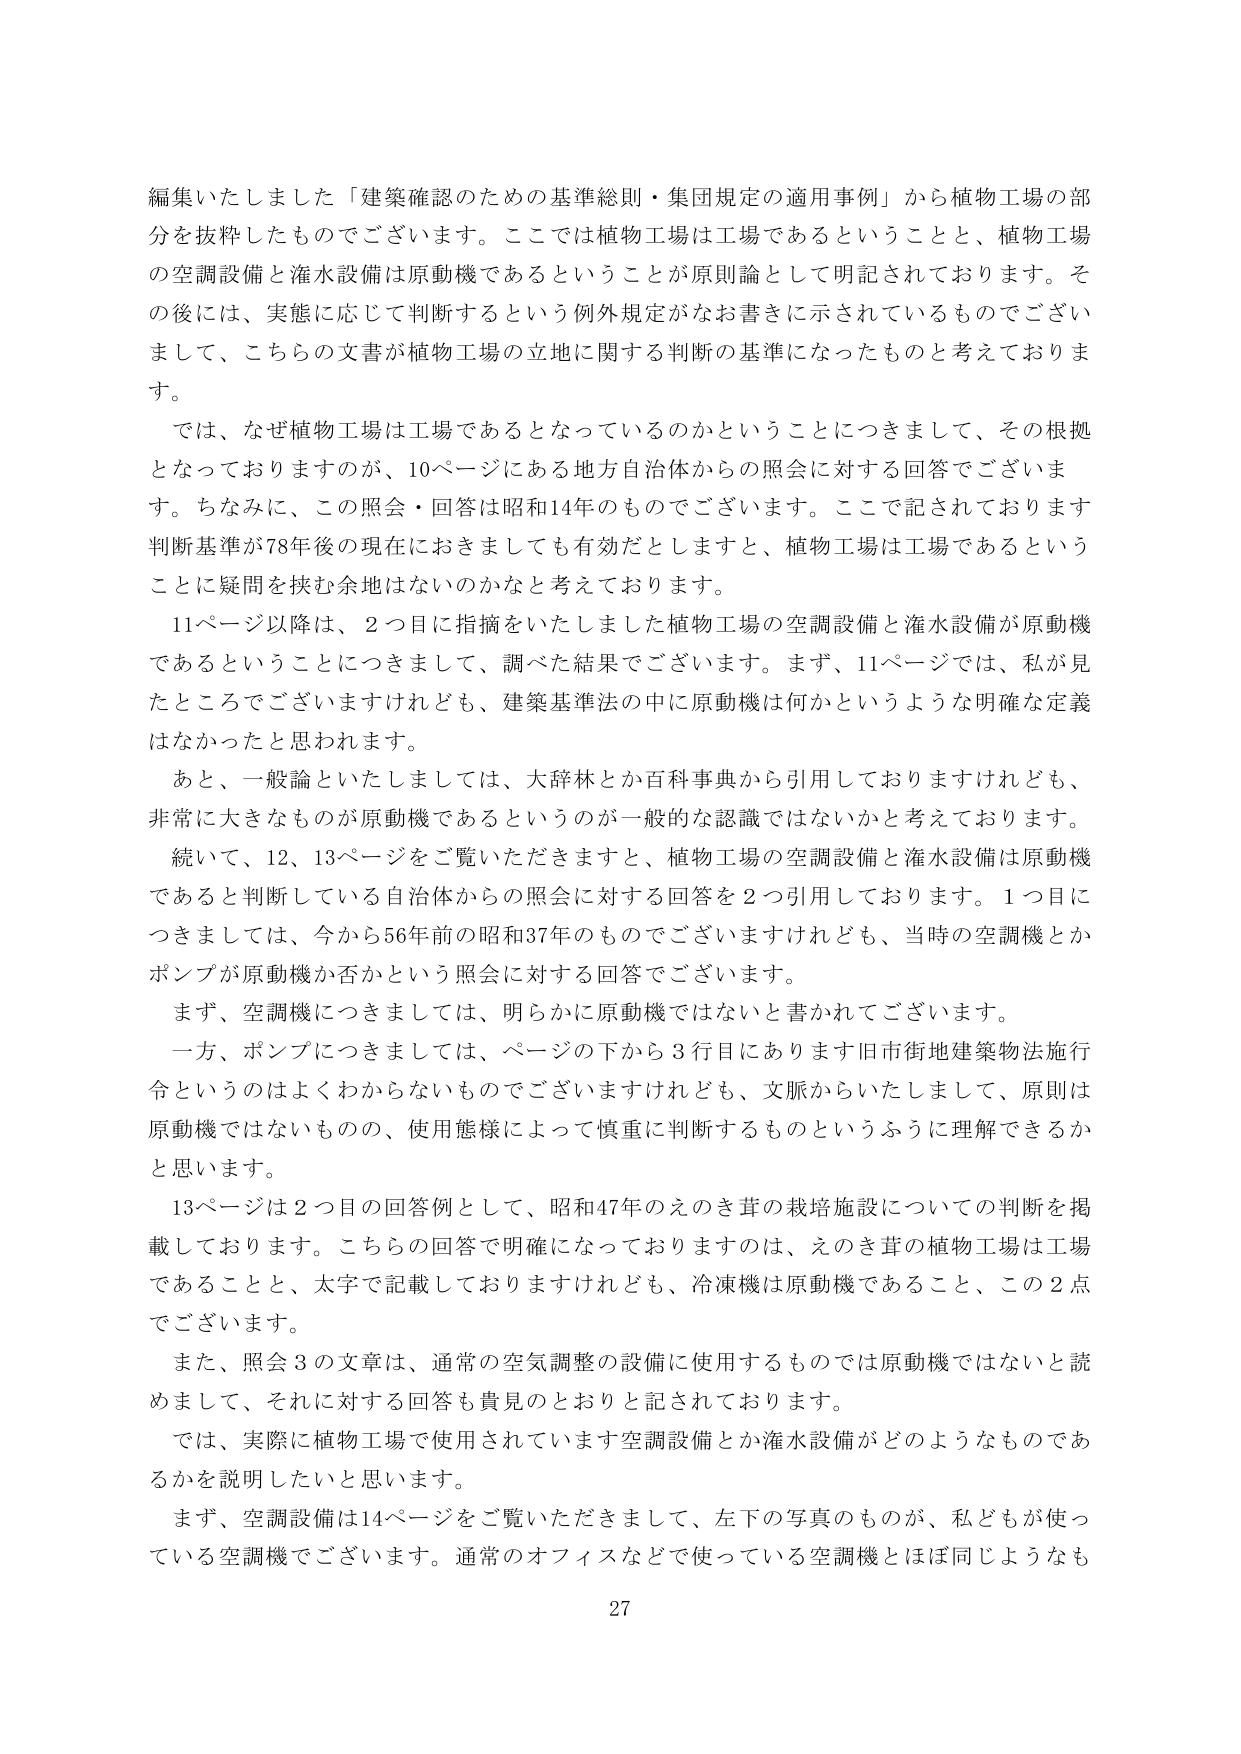
編集いたしました「建築確認のための基準総則・集団規定の適用事例」から植物工場の部分を抜粋したものでございます。ここでは植物工場は工場であるということと、植物工場の空調設備と灌水設備は原動機であるということが原則論として明記されております。その後には、実態に応じて判断するという例外規定がなお書きに示されているものでございまして、こちらの文書が植物工場の立地に関する判断の基準になったものと考えております。

では、なぜ植物工場は工場であるとなっているのかということにつきまして、その根拠となっておりますのが、10ページにある地方自治体からの照会に対する回答でございます。ちなみに、この照会・回答は昭和14年のものでございます。ここで記されております判断基準が78年後の現在におきましても有効だとしますと、植物工場は工場であるということに疑問を挟む余地はないのかなと考えております。

11ページ以降は、2つ目に指摘をいたしました植物工場の空調設備と灌水設備が原動機であるということにつきまして、調べた結果でございます。まず、11ページでは、私が見たところでございますけれども、建築基準法の中に原動機は何かというような明確な定義はなかったと思われます。

あと、一般論といたしましては、大辞林とか百科事典から引用しておりますけれども、非常に大きなものが原動機であるというのが一般的な認識ではないかと考えております。

続いて、12、13ページをご覧いただきますと、植物工場の空調設備と灌水設備は原動機であると判断している自治体からの照会に対する回答を2つ引用しております。1つ目につきましては、今から56年前の昭和37年のものでございますけれども、当時の空調機とかポンプが原動機か否かという照会に対する回答でございます。

まず、空調機につきましては、明らかに原動機ではないと書かれてございます。

一方、ポンプにつきましては、ページの下から3行目にあります旧市街地建築物法施行令というのはよくわからないものでございますけれども、文献からいたしまして、原則は原動機ではないものの、使用態様によって慎重に判断するものというふうに理解できるかと思います。

13ページは2つ目の回答例として、昭和47年のえのき茸の栽培施設についての判断を掲載しております。こちらの回答で明確になっておりますのは、えのき茸の植物工場は工場であることと、太字で記載しておりますけれども、冷凍機は原動機であること、この2点でございます。

また、照会3の文章は、通常の空気調整の設備に使用するものでは原動機ではないと読めまして、それに対する回答も貴見のとおりと記されております。

では、実際に植物工場で使用されています空調設備とか灌水設備がどのようなものであるかを説明したいと思います。

まず、空調設備は14ページをご覧いただきまして、左下の写真のものが、私どもが使っている空調機でございます。通常のオフィスなどで使っている空調機とほぼ同じようなも

27